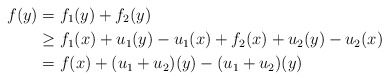
\begin{align*} f(y) &= f_1(y) + f_2(y)\\ &\geq f_1(x) + u_1(y) -u_1(x) + f_2(x)+ u_2(y) -u_2(x)\\ &= f(x) + (u_1+u_2)(y) - (u_1+u_2)(y) \end{align*}